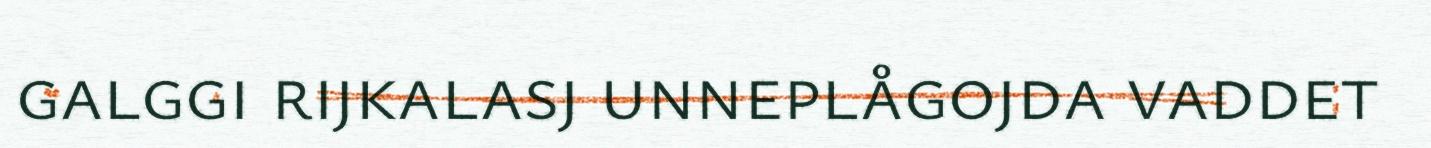
galggi rijkalasj unneplågojda vaddet